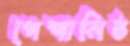
পেশানিষ্ঠ